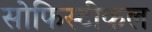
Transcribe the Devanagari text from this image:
सोफिस्टीकल